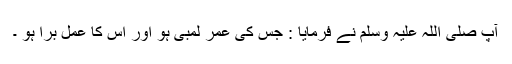
آپ صلی اللہ علیہ وسلم نے فرمایا : جس کی عمر لمبی ہو اور اس کا عمل برا ہو ۔